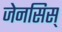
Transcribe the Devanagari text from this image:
जेनसिस्